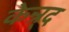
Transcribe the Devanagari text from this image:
केन्र्द